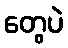
တွေပဲ